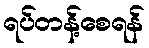
ရပ်တန့်စေရန်